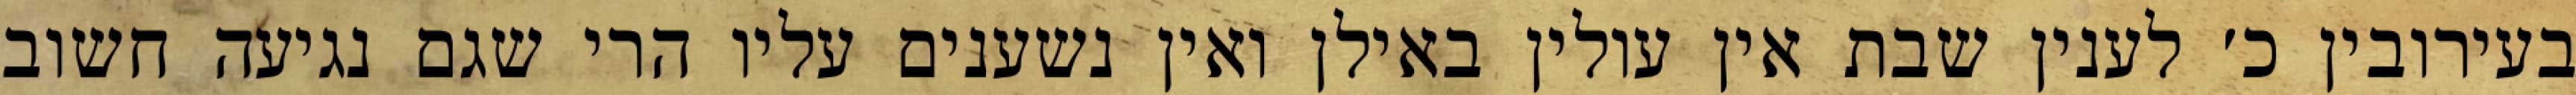
בעירובין כ׳ לענין שבת אין עולין באילן ואין נשענים עליו הרי שגם נגיעה חשוב